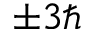
\pm 3 \hbar